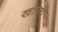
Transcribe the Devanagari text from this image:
खान्ती